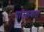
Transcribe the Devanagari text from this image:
पाउलवाटा